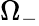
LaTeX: \Omega_{-}